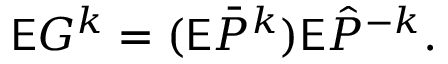
\mathsf E G ^ { k } = ( \mathsf E \bar { P } ^ { k } ) \mathsf E \hat { P } ^ { - k } .